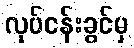
လုပ်ငန်းခွင်မှ